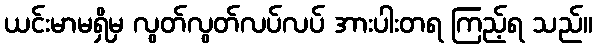
ယင်းမာမရှိမှ လွတ်လွတ်လပ်လပ် အားပါးတရ ကြည့်ရ သည်။